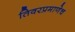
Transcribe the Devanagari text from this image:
तिवरप्रमाणेच